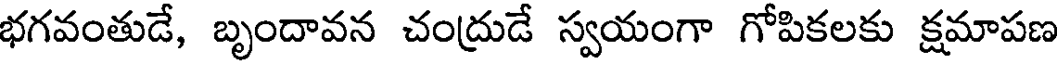
భగవంతుడే, బృందావన చంద్రుడే స్వయంగా గోపికలకు క్షమాపణ